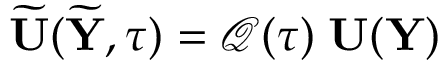
\widetilde { { \mathbf U } } ( \widetilde { { \mathbf Y } } , \tau ) = \boldsymbol { \mathcal Q ( \tau ) } \; { \mathbf U } ( { \mathbf Y } )